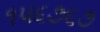
૧૫૬૭૬૭